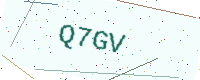
Text: Q7GV